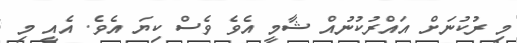
މި ރުކުނަށް އައްރުކުނުއް ޝާމީ އެވެ ވެސް ކިޔަ އެވެ. އެއީ މި